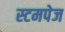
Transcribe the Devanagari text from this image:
स्टमपेज